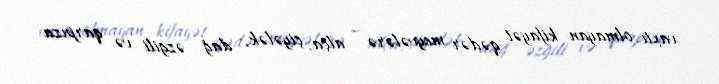
vaxtı olmayan kifayət qədər meyvələrə - alça, çiyələk, dağ əzgili və qarpıza